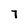
Character: 7